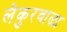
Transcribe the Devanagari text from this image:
लेकुरवाळा